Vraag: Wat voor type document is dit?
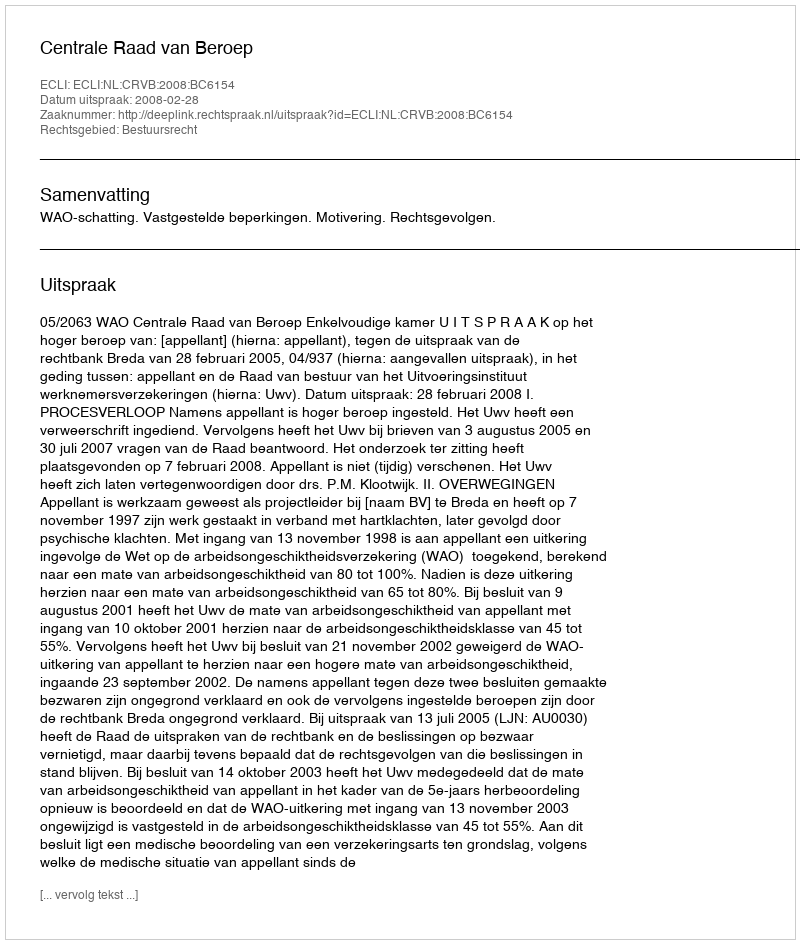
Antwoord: Uitspraak